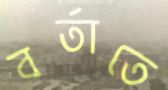
বর্তাতে